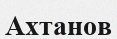
Ахтанов